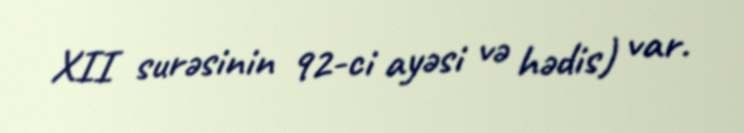
XII surəsinin 92-ci ayəsi və hədis) var.